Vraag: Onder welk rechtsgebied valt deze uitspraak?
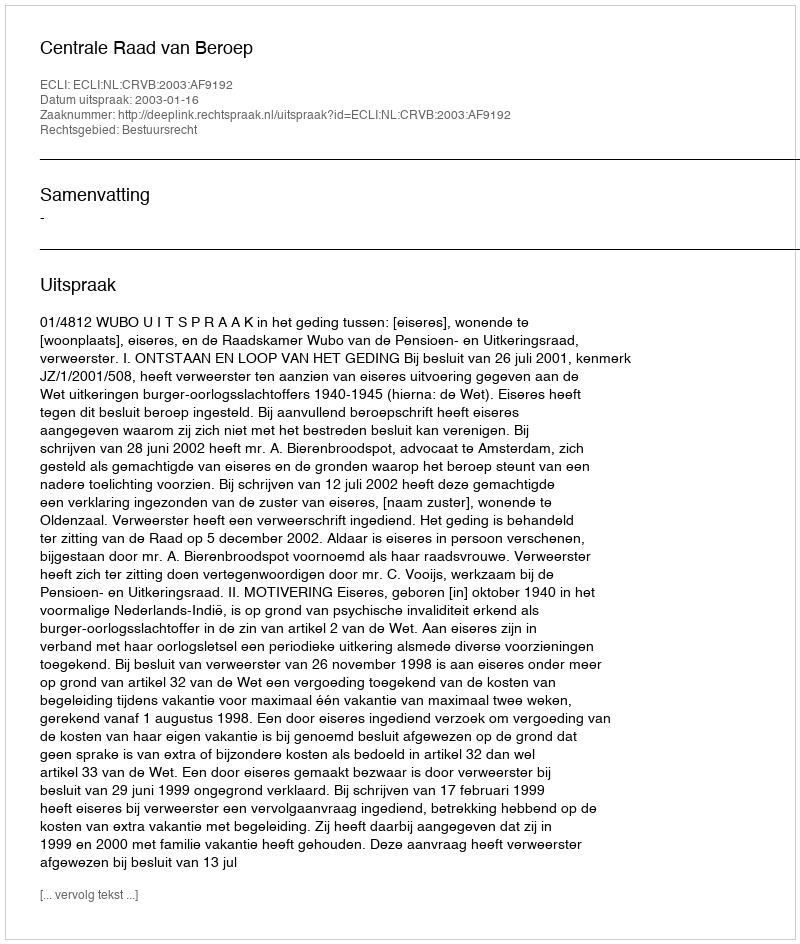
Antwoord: Bestuursrecht